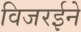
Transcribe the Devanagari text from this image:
विजरईने